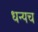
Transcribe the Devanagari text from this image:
धन्यच